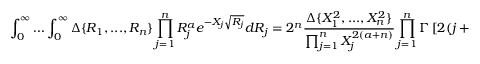
\int _ { 0 } ^ { \infty } \ldots \int _ { 0 } ^ { \infty } \Delta \{ R _ { 1 } , . . . , R _ { n } \} \prod _ { j = 1 } ^ { n } R _ { j } ^ { a } e ^ { - X _ { j } \sqrt { R _ { j } } } d R _ { j } = 2 ^ { n } \frac { \Delta \{ X _ { 1 } ^ { 2 } , . . . , X _ { n } ^ { 2 } \} } { \prod _ { j = 1 } ^ { n } X _ { j } ^ { 2 ( a + n ) } } \prod _ { j = 1 } ^ { n } \Gamma \left[ 2 ( j + a ) \right]